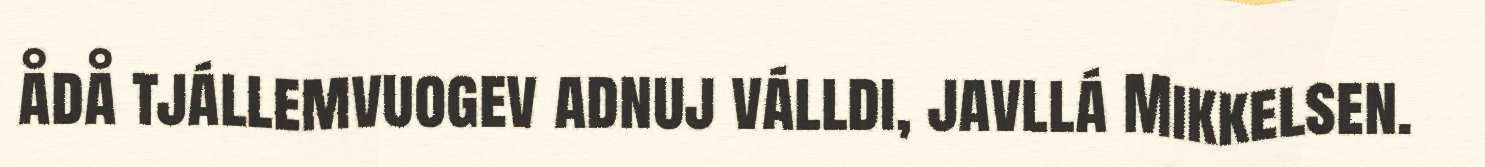
ådå tjállemvuogev adnuj válldi, javllá Mikkelsen.